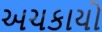
અચકાયો